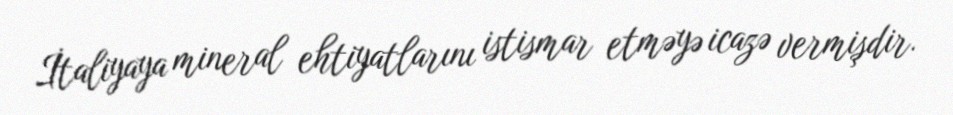
İtaliyaya mineral ehtiyatlarını istismar etməyə icazə vermişdir.